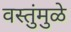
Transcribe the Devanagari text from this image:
वस्तुंमुळे